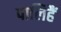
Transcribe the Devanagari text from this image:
पालिहैं